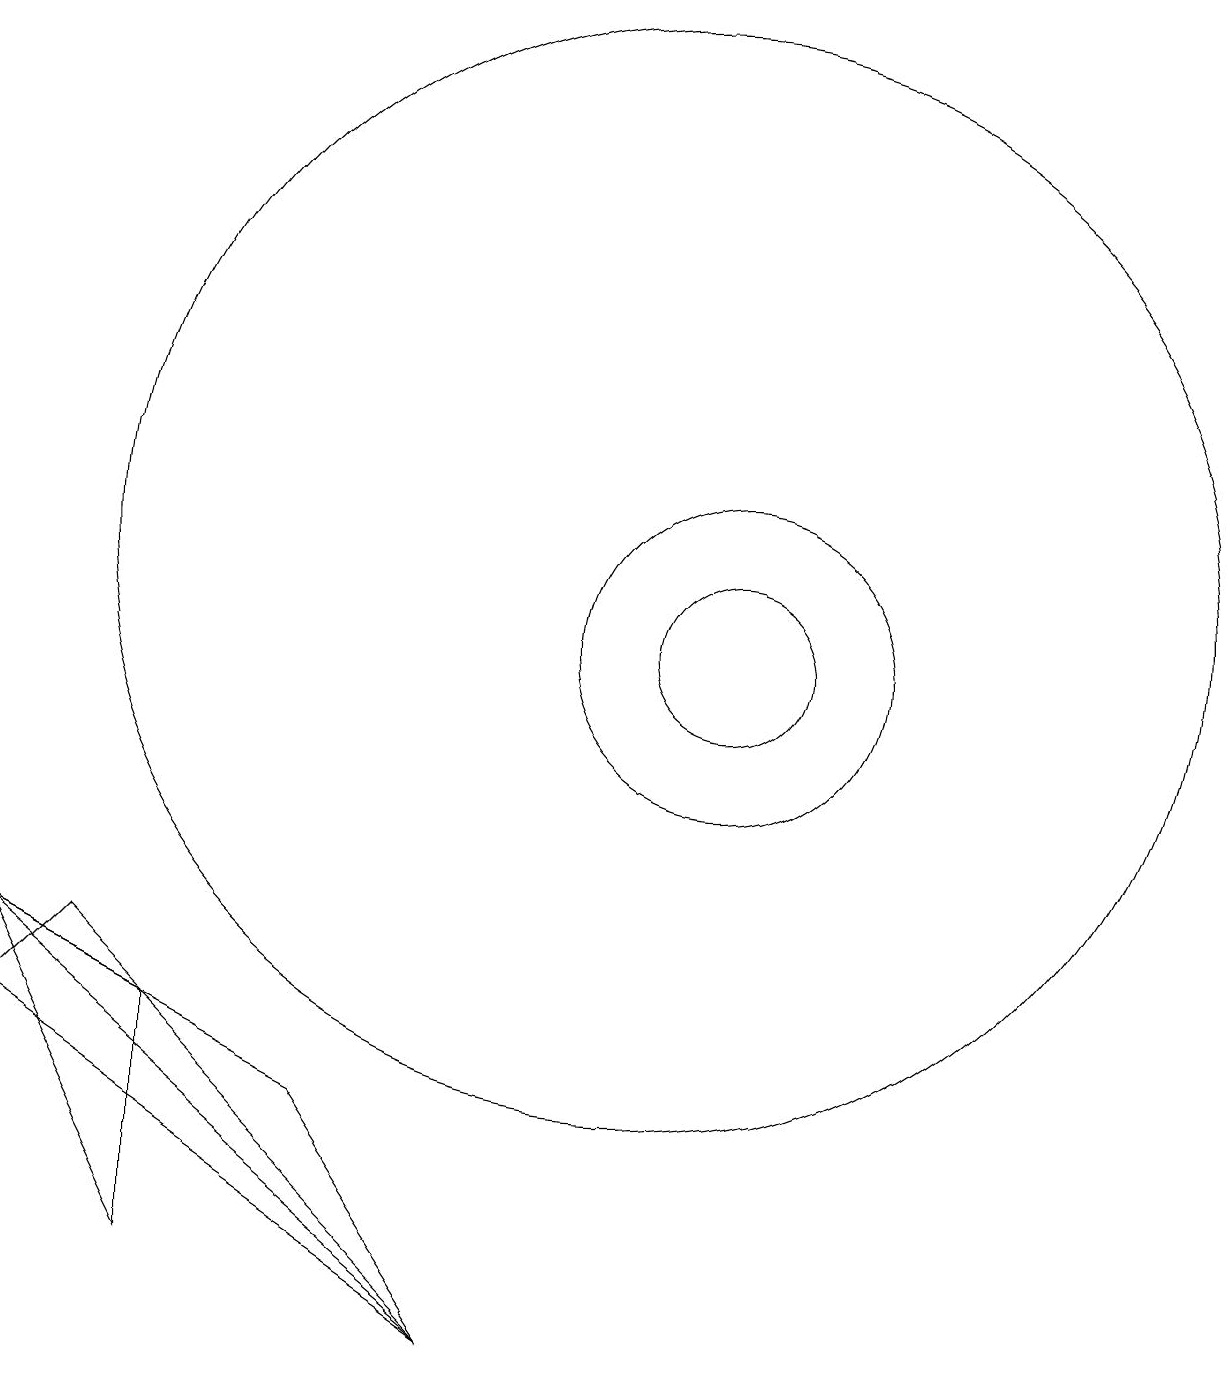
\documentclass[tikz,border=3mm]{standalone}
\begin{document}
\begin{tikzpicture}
\draw (3,5) -- (4,6) -- (9,1) -- cycle;
\draw (9,1) -- (7,4) -- (3,6) -- cycle;
\draw (11,11) circle (7);
\draw (5,2) -- (5,5) -- (3,6) -- cycle;
\draw (12,10) circle (2);
\draw (12,10) circle (1);
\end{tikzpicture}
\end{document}